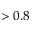
> 0 . 8